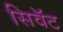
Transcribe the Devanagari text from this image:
सिवॅट